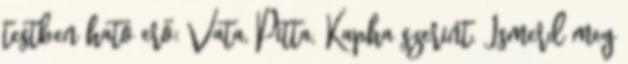
testben ható erő: Vata, Pitta, Kapha szerint. Ismerd meg